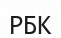
РБК